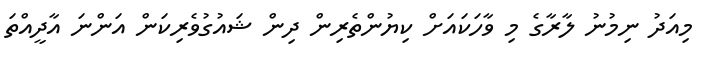
މިއަދު ނިމުނު ލާރާގެ މި ވާހަކައަށް ކިޔުންތެރިން ދިން ޝައުގުވެރިކަން އަންނަ އާދީއްތަ